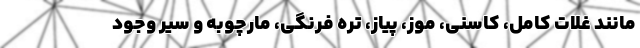
مانند غلات کامل، کاسنی، موز، پیاز، تره فرنگی، مارچوبه و سیر وجود